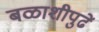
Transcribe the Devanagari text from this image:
बळाशीपुढें